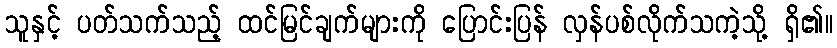
သူနှင့် ပတ်သက်သည့် ထင်မြင်ချက်များကို ပြောင်းပြန် လှန်ပစ်လိုက်သကဲ့သို့ ရှိ၏။